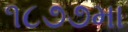
૧૮૭૭મા